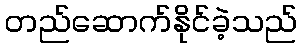
တည်ဆောက်နိုင်ခဲ့သည်